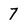
Character: 7